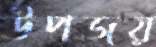
উপজয়